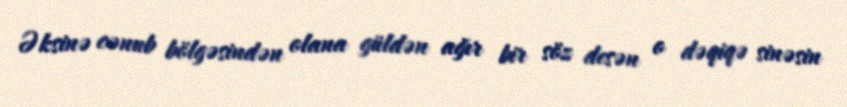
Əksinə cənub bölgəsindən olana güldən ağır bir söz desən o dəqiqə sinəsin